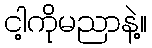
ငါ့ကိုမညာနဲ့။